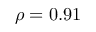
\rho = 0 . 9 1